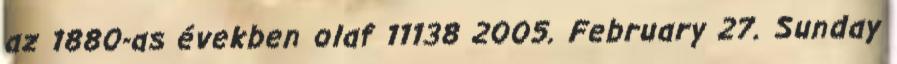
az 1880-as években olaf 11138 2005. February 27. Sunday